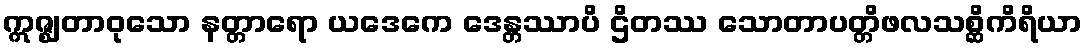
ဣဇ္ဈတာဝုသော နတ္တာရော ယဒေကေ ဒေန္တဿာပိ ဌိတဿ သောတာပတ္တိဖလသစ္ဆိကိရိယာ